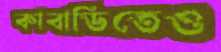
কাবাডিতেও